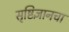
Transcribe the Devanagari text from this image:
सृष्टिज्ञानचा